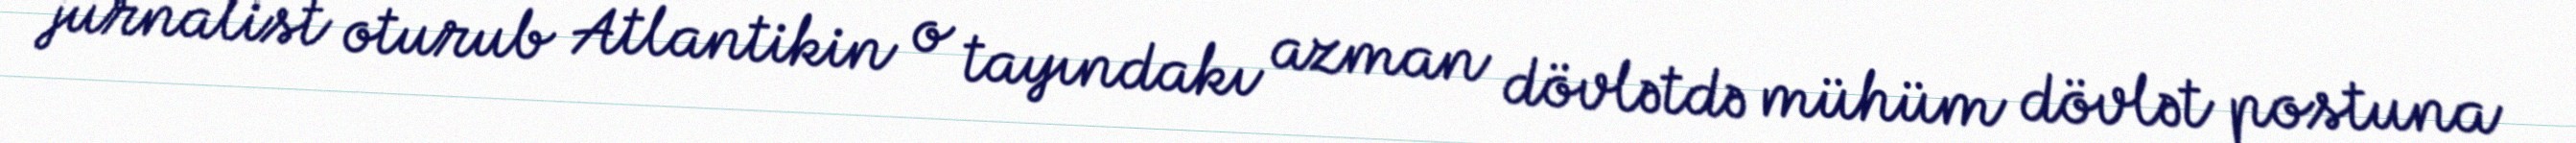
jurnalist oturub Atlantikin o tayındakı azman dövlətdə mühüm dövlət postuna